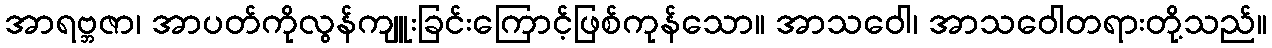
အာရဗ္ဘဇာ၊ အာပတ်ကိုလွန်ကျူးခြင်းကြောင့်ဖြစ်ကုန်သော။ အာသဝေါ၊ အာသဝေါတရားတို့သည်။